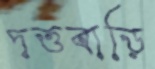
দত্তবাড়ি